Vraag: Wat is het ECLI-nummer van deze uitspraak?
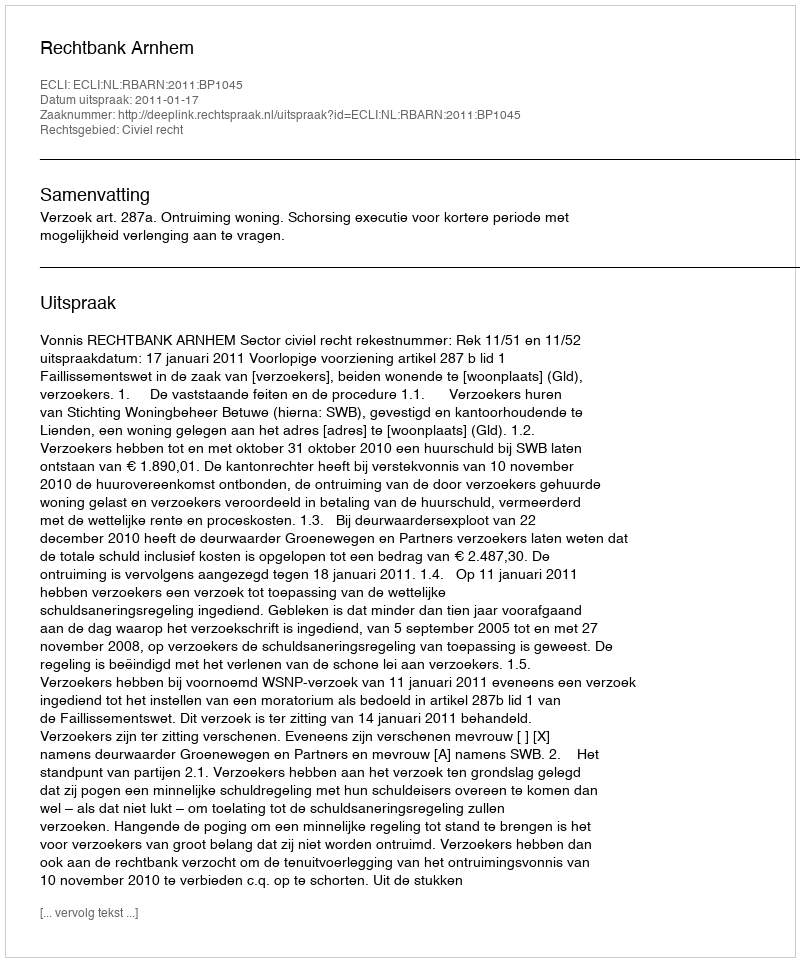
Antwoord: ECLI:NL:RBARN:2011:BP1045